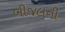
બીજલની